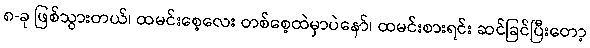
၈-ခု ဖြစ်သွားတယ်၊ ထမင်းစေ့လေး တစ်စေ့ထဲမှာပဲနော်၊ ထမင်းစားရင်း ဆင်ခြင်ပြီးတော့